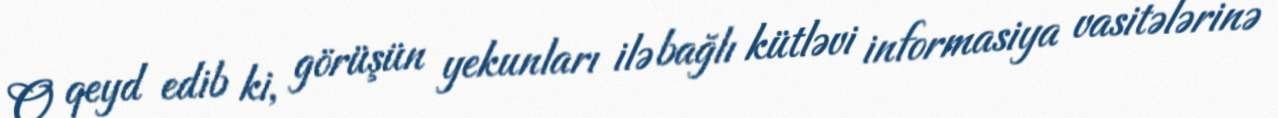
O qeyd edib ki, görüşün yekunları ilə bağlı kütləvi informasiya vasitələrinə